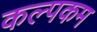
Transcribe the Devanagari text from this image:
कल्पकम